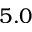
5 . 0